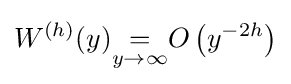
W^{(h)}(y){\underset {y\to \infty }{=}}O\left(y^{-2h}\right)